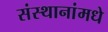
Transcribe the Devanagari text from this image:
संस्थानांमधे